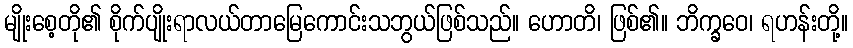
မျိုးစေ့တို၏ စိုက်ပျိုးရာလယ်တာမြေကောင်းသဘွယ်ဖြစ်သည်။ ဟောတိ၊ ဖြစ်၏။ ဘိက္ခဝေ၊ ရဟန်းတို့။